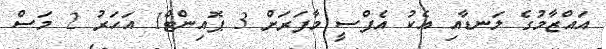
އައްޒާމުގެ ލަނޑާއި އެކު އެފްސީ މާފަރަށް 3 ޕޮއިންޓް1 އަހަރު 2 މަސް